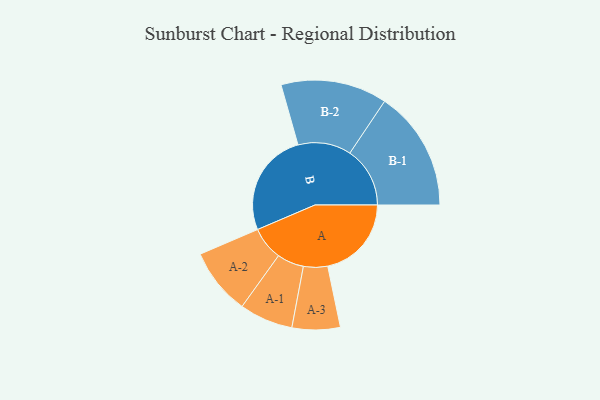
{"axis": {"x": "Segment", "y": "Value"}, "legend": ["", "A", "B"], "data": [{"x": "A", "y": 397, "type": ""}, {"x": "B", "y": 494, "type": ""}, {"x": "A-1", "y": 127, "type": "A"}, {"x": "A-2", "y": 158, "type": "A"}, {"x": "A-3", "y": 114, "type": "A"}, {"x": "B-1", "y": 285, "type": "B"}, {"x": "B-2", "y": 252, "type": "B"}]}